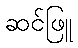
ဆင်ဖြူ